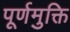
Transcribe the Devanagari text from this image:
पूर्णमुक्ति